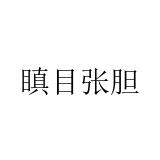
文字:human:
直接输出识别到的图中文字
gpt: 瞋目张胆